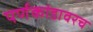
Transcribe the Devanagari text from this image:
पर्णकांडावरच